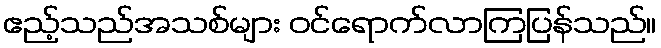
ဧည့်သည်အသစ်များ ဝင်ရောက်လာကြပြန်သည်။